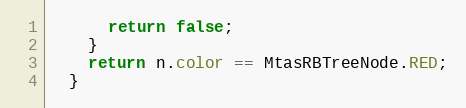
Language: Java
      return false;
    }
    return n.color == MtasRBTreeNode.RED;
  }